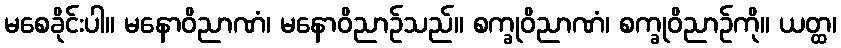
မစေခိုင်းပါ။ မနောဝိညာဏံ၊ မနောဝိညာဉ်သည်။ စက္ခုဝိညာဏံ၊ စက္ခုဝိညာဉ်ကို။ ယတ္ထ၊